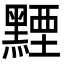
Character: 黫